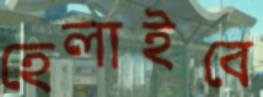
হেলাইবে